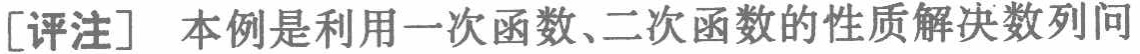
[评注] 本例是利用一次函数、二次函数的性质解决数列问